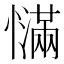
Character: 𰒙